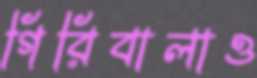
গিরিবালাও